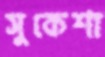
সুকেশা